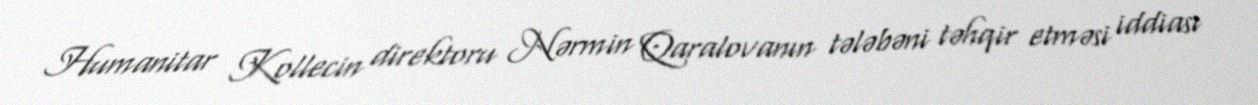
Humanitar Kollecin direktoru Nərmin Qaralovanın tələbəni təhqir etməsi iddiası